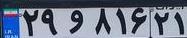
۲۹و۸۱۶۲۱